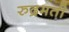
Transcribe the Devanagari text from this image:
रुद्रमती